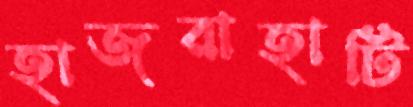
হাজরাহাটি